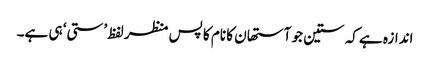
اندازہ ہے کہ ستین جو آستھان کا نام کا پس منظر لفظ ’ستی‘ ہی ہے۔